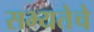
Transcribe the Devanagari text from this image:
सभ्यतेचे